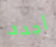
أجدد